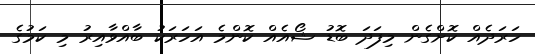
ހަރަދެެއް ކޮށްގެން މިފަދަ ބޮޑު ޝޯއެއް ކޮންމެ އަހަރަކު ބާއްވާއިރު މި ކަމުގެ